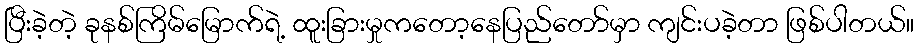
ပြီးခဲ့တဲ့ ခုနစ်ကြိမ်မြောက်ရဲ့ ထူးခြားမှုကတော့နေပြည်တော်မှာ ကျင်းပခဲ့တာ ဖြစ်ပါတယ်။